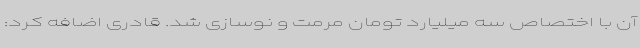
آن با اختصاص سه میلیارد تومان مرمت و نوسازی شد. قادری اضافه کرد: